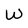
Character: W